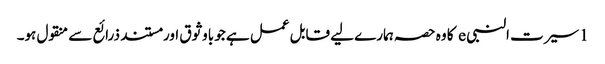
1 سیرت النبی e کا وہ حصہ ہمارے لیے قابل عمل ہے جو باوثوق اور مستند ذرائع سے منقول ہو۔